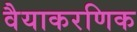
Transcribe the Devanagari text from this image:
वैयाकरणिक